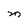
Character: M